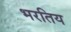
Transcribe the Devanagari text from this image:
भरतिय